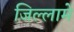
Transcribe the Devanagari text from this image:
जिल्लामे